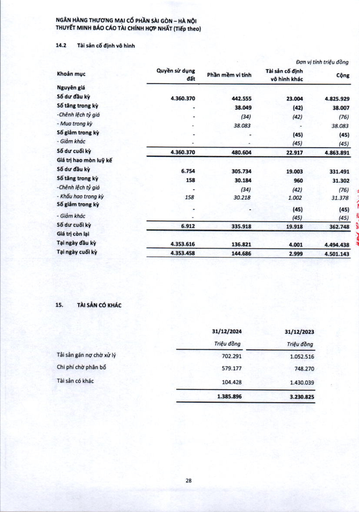
||||Đơn vị|tính triệu đồng| |---|---|---|---|---| |Khoản mục|Quyền sử dụng đất|Phần mềm vi tính|Tài sản cố định vô hình khác|Cộng| |Nguyên giá||||| |Số dư đầu kỳ|4.360.370|442.555|23.004|4.825.929| |Số tăng trong kỳ|-|38.049|(42)|38.007| |-Chênh lệch tỷ giá|-|(34)|(42)|(76)| |- Mua trong kỳ|-|38.083|-|38.083| |Số giảm trong kỳ|-|-|(45)|(45)| |- Giảm khác|-|-|(45)|(45)| |Số dư cuối kỳ|4.360.370|480.604|22.917|4.863.891| |Giá trị hao mòn lũy kế||||| |Số dư đầu kỳ|6.754|305.734|19.003|331.491| |Số tăng trong kỳ|158|30.184|960|31.302| |-Chênh lệch tỷ giá|-|(34)|(42)|(76)| |- Khấu hao trong kỳ|158|30.218|1.002|31.378| |Số giảm trong kỳ|-|-|(45)|(45)| |- Giảm khác|-||(45)|(45)| |Số dư cuối kỳ|6.912|335.918|19.918|362.748| |Giá trị còn lại||||| |Tại ngày đầu kỳ|4.353.616|136.821|4.001|4.494.438| |Tại ngày cuối kỳ|4.353.458|144.686|2.999|4.501.143| ||31/12/2024|31/12/2023| |---|---|---| ||Triệu đồng|Triệu đồng| |Tài sản gán nợ chờ xử lý|702.291|1.052.516| |Chi phí chờ phân bổ|579.177|748.270| |Tài sản có khác|104.428|1.430.039| ||1.385.896|3.230.825|